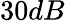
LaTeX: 30dB